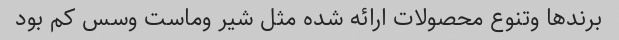
برندها وتنوع محصولات ارائه شده مثل شیر وماست وسس کم بود